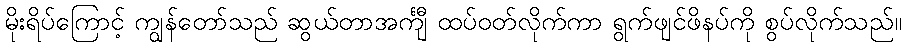
မိုးရိပ်ကြောင့် ကျွန်တော်သည် ဆွယ်တာအင်္ကျီ ထပ်ဝတ်လိုက်ကာ ရွက်ဖျင်ဖိနပ်ကို စွပ်လိုက်သည်။